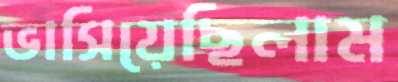
ভাসিয়েছিলাম